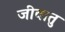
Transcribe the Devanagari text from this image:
जीवातु